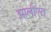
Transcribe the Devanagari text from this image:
झालीएत